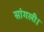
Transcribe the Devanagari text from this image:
सांगली।